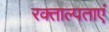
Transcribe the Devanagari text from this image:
रक्ताल्पताएं